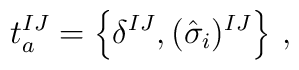
t_a^{IJ} = \left\{\delta^{IJ}, (\hat \sigma_i)^{IJ}\right\}\,,